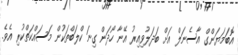
އޮބަމަޔަންގް އާސެނަލް އަށް ބަދަލުވިއިރު އޭނާ ހޯދަން ގިނަ ކްލަބްތަކުން މަސައްކަތްކުރި އެވެ.